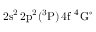
\mathrm { 2 s ^ { 2 } \, 2 p ^ { 2 } ( ^ { 3 } P ) \, 4 f ~ ^ { 4 } G ^ { \circ } }